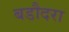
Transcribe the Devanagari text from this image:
बडौदरा